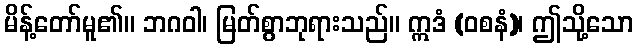
မိန့်တော်မူ၏။ ဘဂဝါ၊ မြတ်စွာဘုရားသည်။ ဣဒံ (ဝစနံ)၊ ဤသို့သော